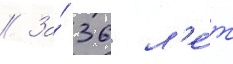
// За́ 36 л'е́т